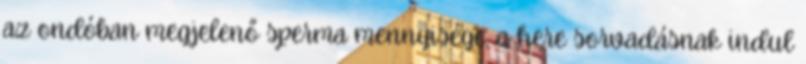
az ondóban megjelenő sperma mennyisége, a here sorvadásnak indul